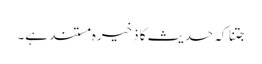
جتنا کہ حدیث کا ذخیرہ مستند ہے۔